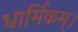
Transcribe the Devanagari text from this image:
धार्मिकम्‌।